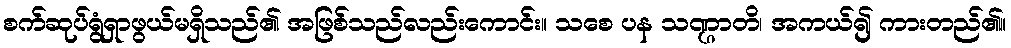
စက်ဆုပ်ရွံရှာဖွယ်မရှိသည်၏ အဖြစ်သည်လည်းကောင်း။ သစေ ပန သဏ္ဌာတိ၊ အကယ်၍ ကားတည်၏။